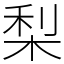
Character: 梨